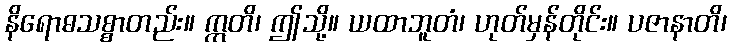
နိရောဓသစ္စာတည်း။ ဣတိ၊ ဤသို့။ ယထာဘူတံ၊ ဟုတ်မှန်တိုင်း။ ပဇာနာတိ၊